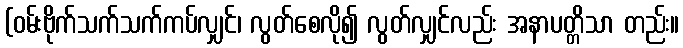
(ဝမ်းဗိုက်သက်သက်ကပ်လျှင်၊ လွတ်စေလို၍ လွတ်လျှင်လည်း အနာပတ္တိသာ တည်း။